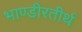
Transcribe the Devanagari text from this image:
भाण्डीरतीर्थ